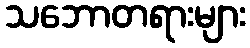
သဘောတရားများ